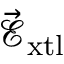
\vec { \mathcal { E } } _ { \mathrm { x t l } }